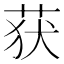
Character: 获